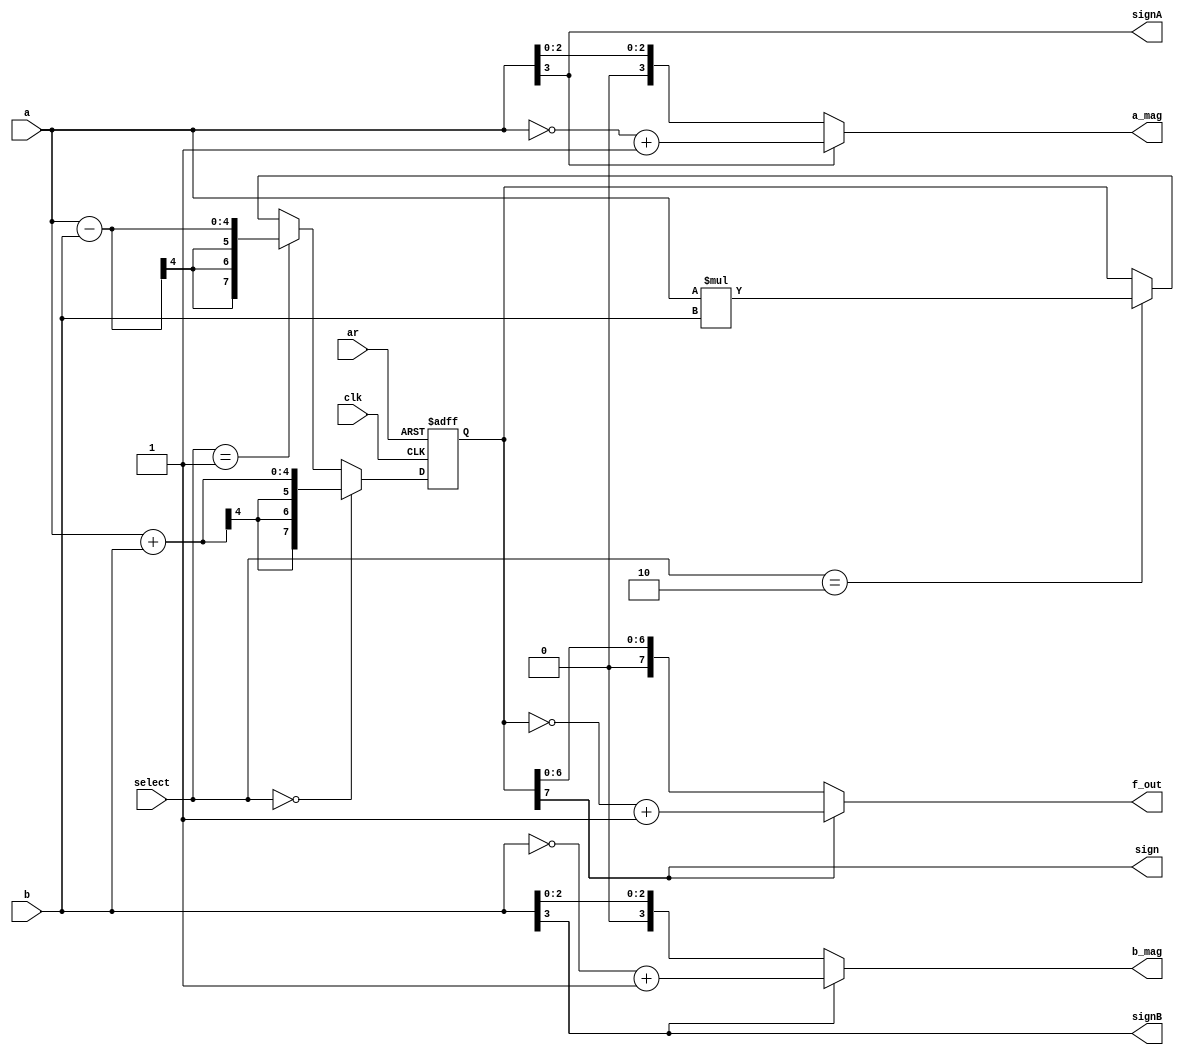
module alu(ar, clk, select, a, b, sign, signA, signB, f_out, a_mag, b_mag);
	input ar, clk;
	input [1:0] select;
	input signed [3:0] a, b;
	wire signed [7:0] a_extendo, b_extendo;
	output wire sign, signA, signB;
	reg signed [7:0] f;
	output wire [7:0] f_out;
	output wire [3:0] a_mag, b_mag;
	
	assign a_extendo = a;
	assign b_extendo = b;
	
	always @ (negedge ar or posedge clk)
		if (~ar)
			f = 8'b0;
		else
			begin
				if (select == 2'b00)
				begin
					f = a_extendo + b_extendo;
				end
				else if (select == 2'b01)
				begin
					f = a_extendo - b_extendo;
				end
				else if (select == 2'b10)
				begin
					f = a_extendo * b_extendo;
				end
			end
		
	wire signed [7:0] f_complement;
	wire signed [3:0] a_complement;
	wire signed [3:0] b_complement;
	
	assign f_complement = ~f + 1'b1;
	assign a_complement = ~a + 1'b1;
	assign b_complement = ~b + 1'b1;
	
	assign sign = f[7];
	assign signA = a_extendo[7];
	assign signB = b_extendo[7];
	
	assign f_out = sign ? f_complement : f;
	assign a_mag = signA ? a_complement : a;
	assign b_mag = signB ? b_complement : b;
endmodule